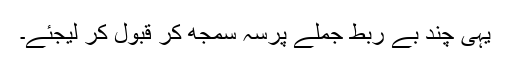
یہی چند بے ربط جملے پرسہ سمجھ کر قبول کر لیجئے۔